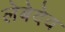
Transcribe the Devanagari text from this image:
लेबेदेव